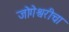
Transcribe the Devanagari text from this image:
जोगेश्वरीचा